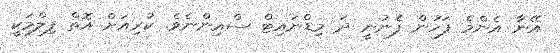
އޭނާ އެންމެ ފަހުން ފެނުނީ ދަ މިޑްނައިޓް ސްއިންނެވެ. ކުރިއަށް އޮތް ފިލްމަކީ